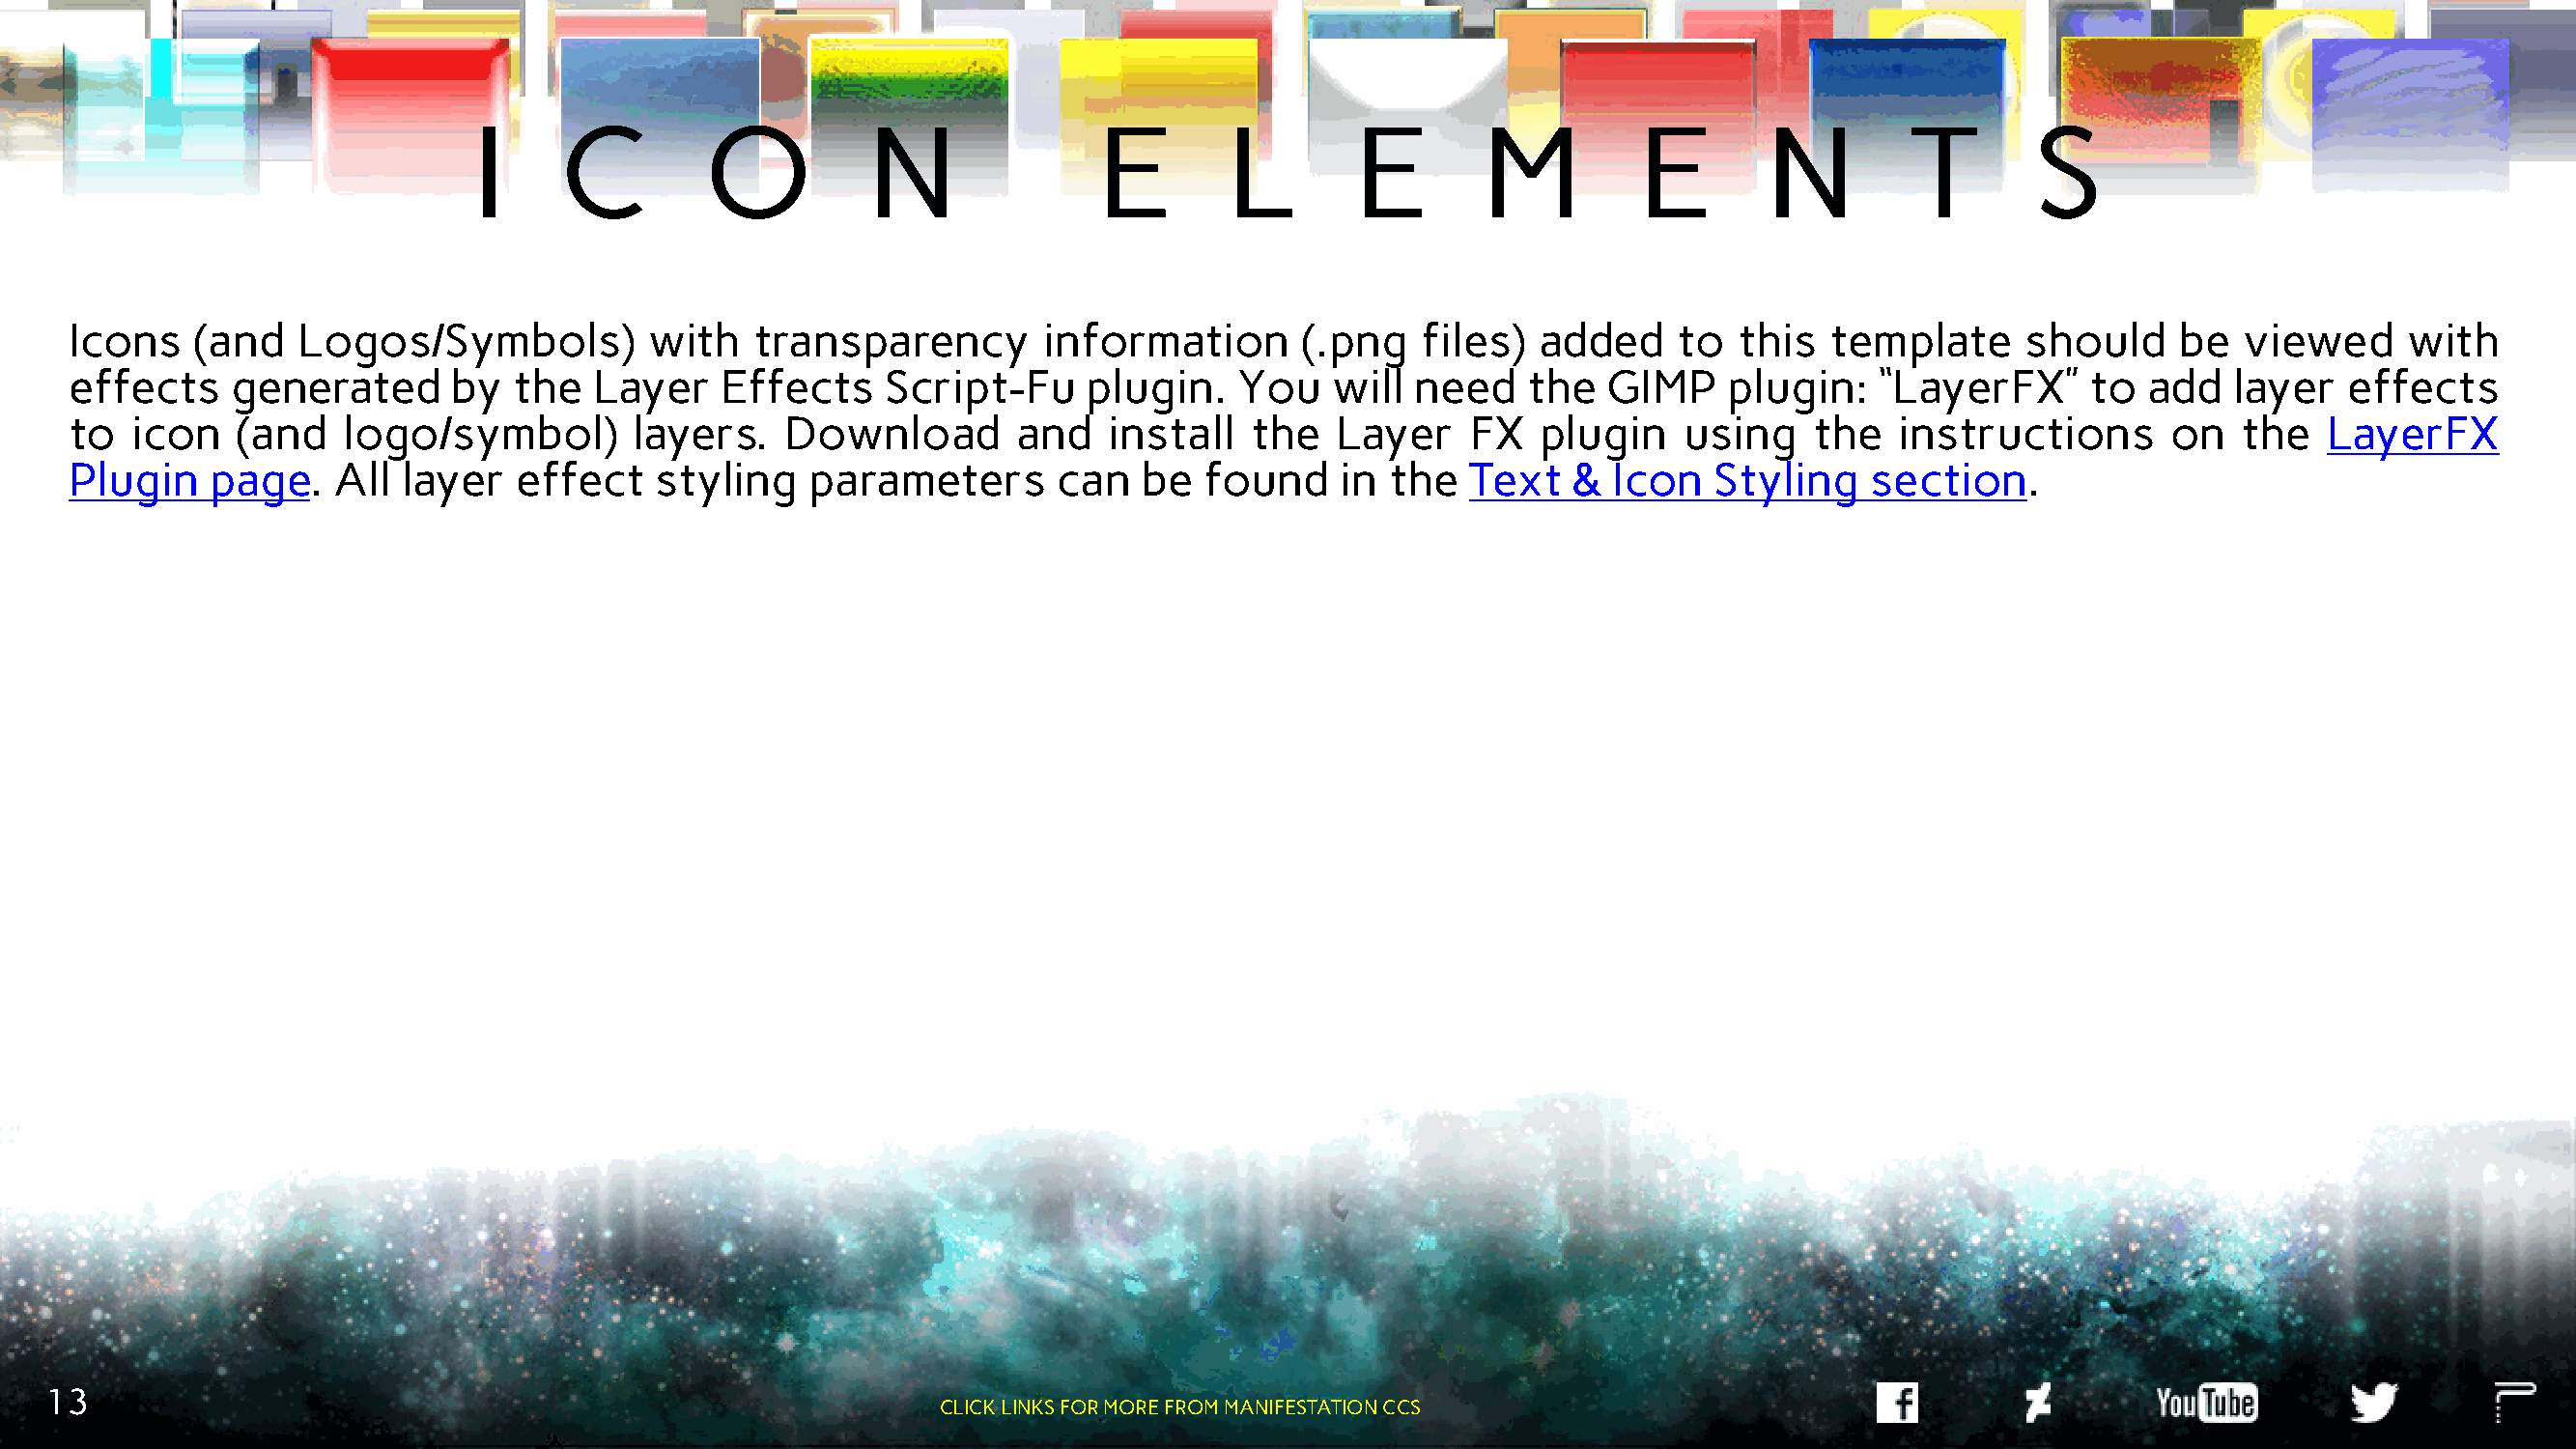
I     C         O           N              E        L        E        M         E        N         T       S
 Icons   (and   Logos/Symbols)          with    transparency       information       (.png   files)  added     to  this  template      should    be   viewed     with
 effects    generated      by  the   Layer   Effects     Script-Fu     plugin.   You   will  need    the  GIMP    plugin:    “LayerFX”     to  add   layer   effects
 to  icon   (and    logo/symbol)       layers.    Download        and   install   the   Layer    FX   plugin   using    the   instructions       on   the  LayerFX
 Plugin   page.    All  layer  effect    styling   parameters       can   be  found     in the   Text   &  Icon   Styling   section.
 13
 CLICK LINKS FOR MORE FROM MANIFESTATION CCS